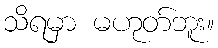
သိရမှာ မဟုတ်ဘူး။